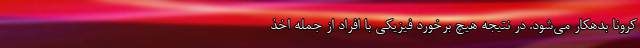
کرونا بدهکار می‌شود. در نتیجه هیچ برخورد فیزیکی با افراد از جمله اخذ